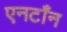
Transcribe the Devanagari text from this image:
एनटाँन